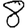
Digit: 8